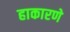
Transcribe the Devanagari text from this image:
हाकारणे